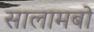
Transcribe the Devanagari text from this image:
सालामबो